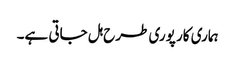
ہماری کار پوری طرح ہل جاتی ہے۔